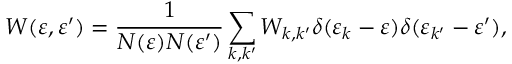
W ( \varepsilon , \varepsilon ^ { \prime } ) = \frac { 1 } { N ( \varepsilon ) N ( \varepsilon ^ { \prime } ) } \sum _ { k , k ^ { \prime } } W _ { k , k ^ { \prime } } \delta ( \varepsilon _ { k } - \varepsilon ) \delta ( \varepsilon _ { k ^ { \prime } } - \varepsilon ^ { \prime } ) ,